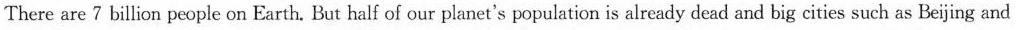
There are 7 billion people on Earth. But half of our planet's population is already dead and big cities such as Beijing and